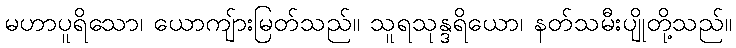
မဟာပူရိသော၊ ယောကျ်ားမြတ်သည်။ သူရသုန္ဒရိယော၊ နတ်သမီးပျိုတို့သည်။